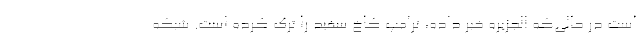
است در حالی‌که الجزیره خبر داده، ترامپ کاخ سفید را ترک کرده است. شبکه